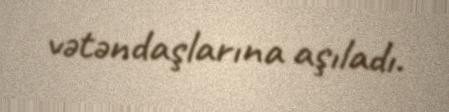
vətəndaşlarına aşıladı.